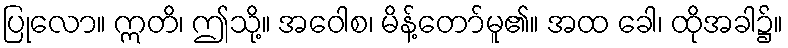
ပြုလော။ ဣတိ၊ ဤသို့။ အဝေါစ၊ မိန့်တော်မူ၏။ အထ ခေါ၊ ထိုအခါ၌။